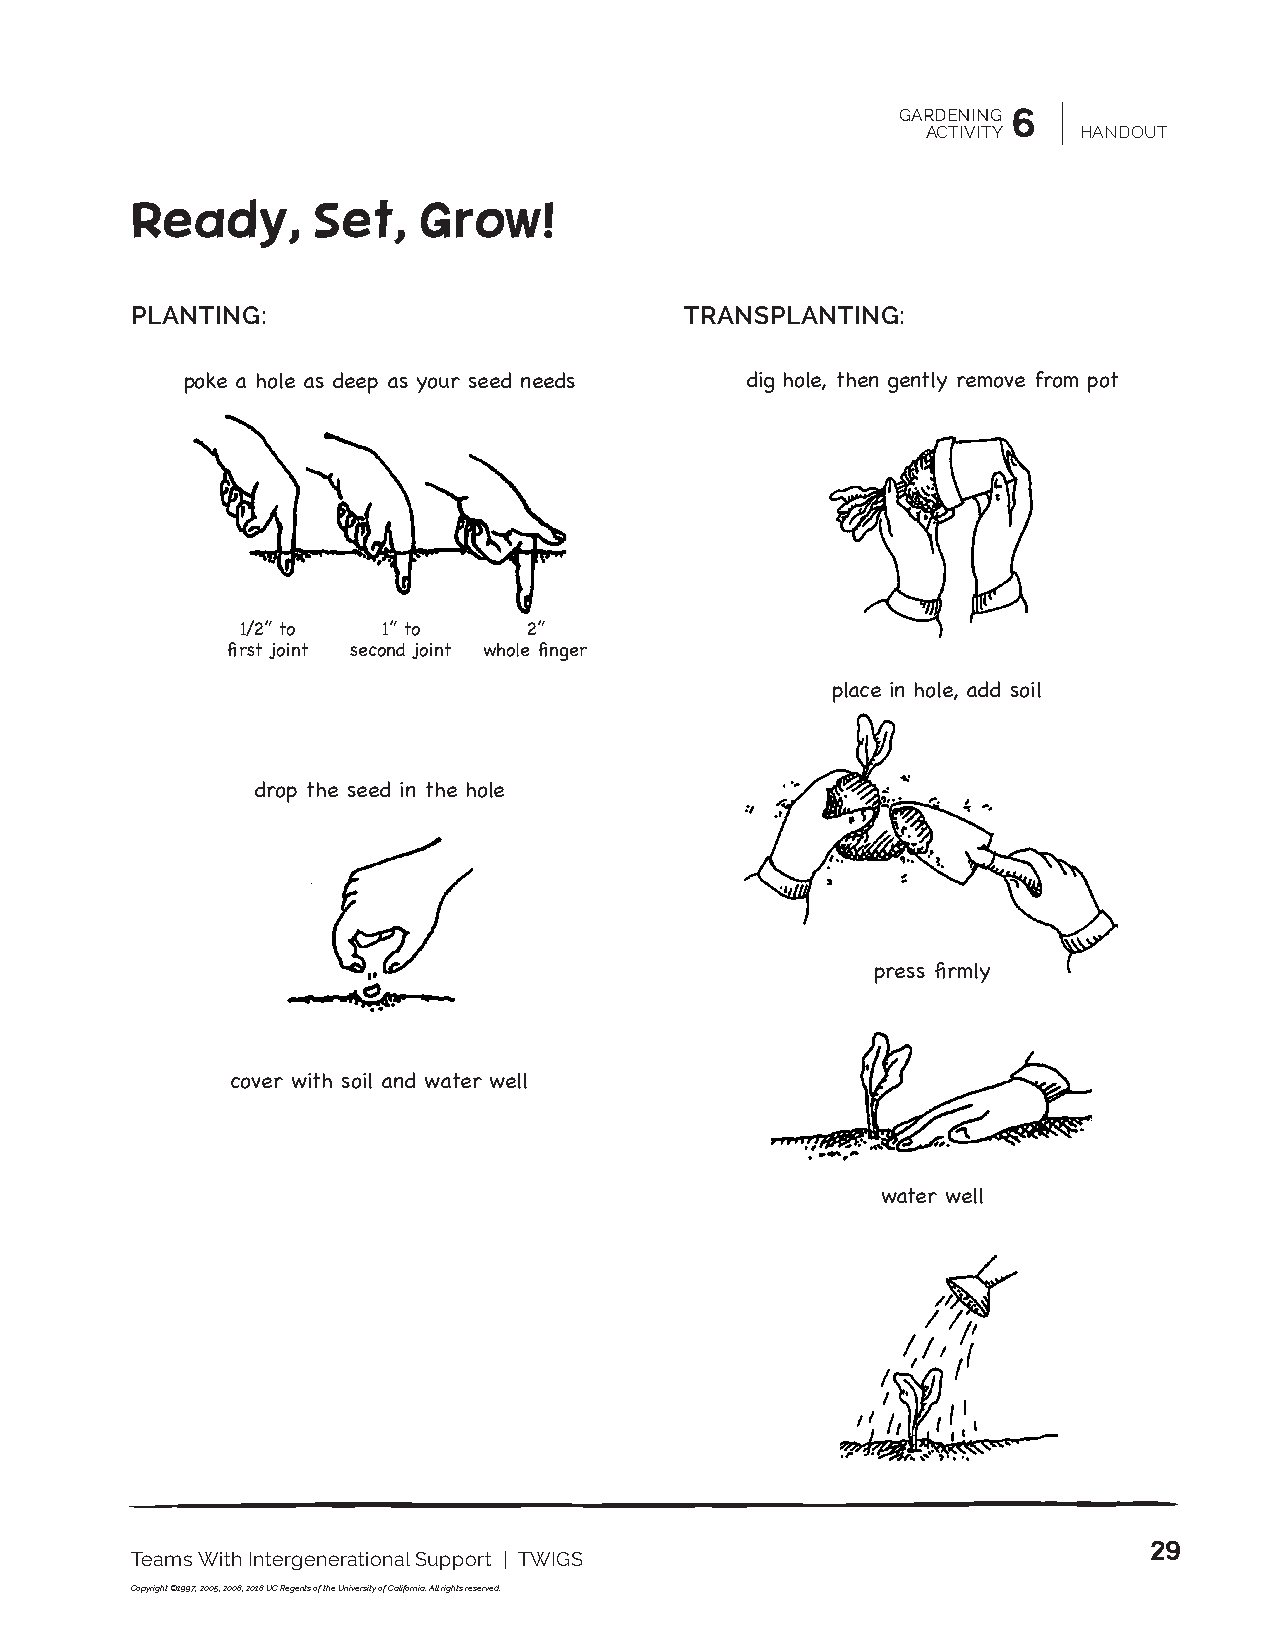
GARDENING 6
 ACTIVITY  HANDOUT
 Ready,      Set,   Grow!
 PLANTING:                           TRANSPLANTING:
 poke a hole as deep as your seed needs dig hole, then gently remove from pot
 1/2” to  1” to     2”
 first joint second joint whole finger
 place in hole, add soil
 drop the seed in the hole
 press firmly
 cover with soil and water well
 water well
 29
 Teams With Intergenerational Support | TWIGS
 Copyright ©1997, 2005, 2008, 2018 UC Regents of the University of California. All rights reserved.